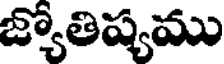
జ్యోతిష్యము